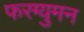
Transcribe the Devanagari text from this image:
फरग्युमन